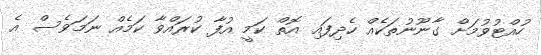
ހުއްޓުވުމަށް ގާނޫނުތަކެއް ހެދިފައި އޮތް ކަމީ އުފާ ކުރައްވާ ކަމެއް ނަމަވެސް އެ